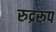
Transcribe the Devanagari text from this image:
रुद्ररूप